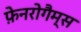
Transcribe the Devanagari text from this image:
फ़ेनरोगैम्स